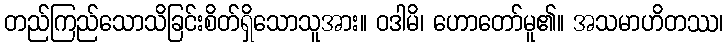
တည်ကြည်သောသိခြင်းစိတ်ရှိသောသူအား။ ဝဒါမိ၊ ဟောတော်မူ၏။ အသမာဟိတဿ၊